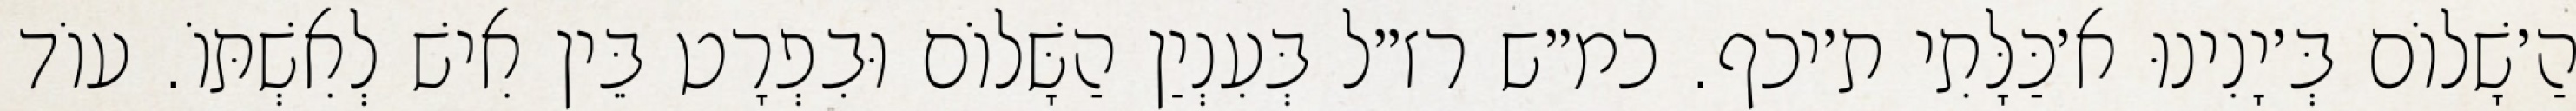
הַ׳שָׁלוֹם בְּ׳יָנִינוּ א׳כַּלָּתִי ת׳יכף. כמ״ש רז״ל בְּעִנְיַן הַשָּׁלוֹם וּבִפְרָט בֵּין אִישׁ לְאִשְׁתּוֹ. עוֹד